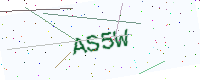
Text: AS5W